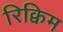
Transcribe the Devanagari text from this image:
रिक्विम